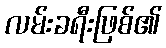
လမ်းခရီးဖြစ်၏